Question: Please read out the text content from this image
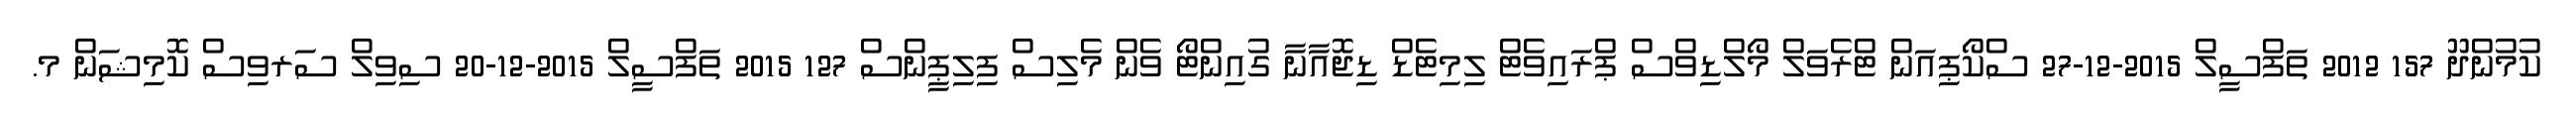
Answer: ކުމުންދޫ 157 2012 ތަފްސީލް 2015-12-27 ސްކޯޕިއަން ޓްރެވަލް މޯލްޑިވްސް ޕްރައިވެޓް ލިމިޓެޑް ޑިޖޮއާނާ ގުއިންޓޯ ވެން މެލިސް ފިލިޕީންސް 127 2015 ތަފްސީލް 2015-12-20 ސިވިލް ސަރވިސް ކޮމިޝަން މ.